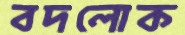
বদলোক